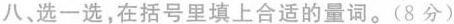
八，选一选，在括号里填上合适的量词。(8分)